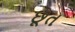
છૂત